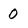
Character: 0